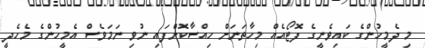
މި ދެމީހުންގެ ކައިވެނީގެ ފޮޓޯއެއް މިހާތަނަށް ހިއްސާކޮށްފައި ނުވި ނަމަވެސް އެމީހުންގެ މެހެދީ